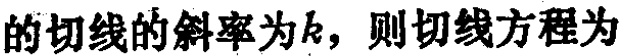
的切线的斜率为\(k\)，则切线方程为